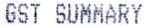
GST SUMMARY